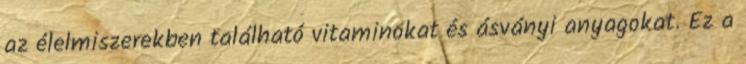
az élelmiszerekben található vitaminokat és ásványi anyagokat. Ez a